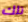
تلك